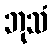
ဘုသံ